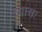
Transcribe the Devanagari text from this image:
व्यासः